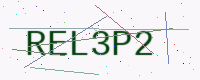
Text: REL3P2